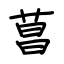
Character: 菖